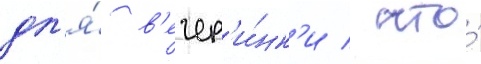
дл'я́ в'ечер'и́нк'и / что́